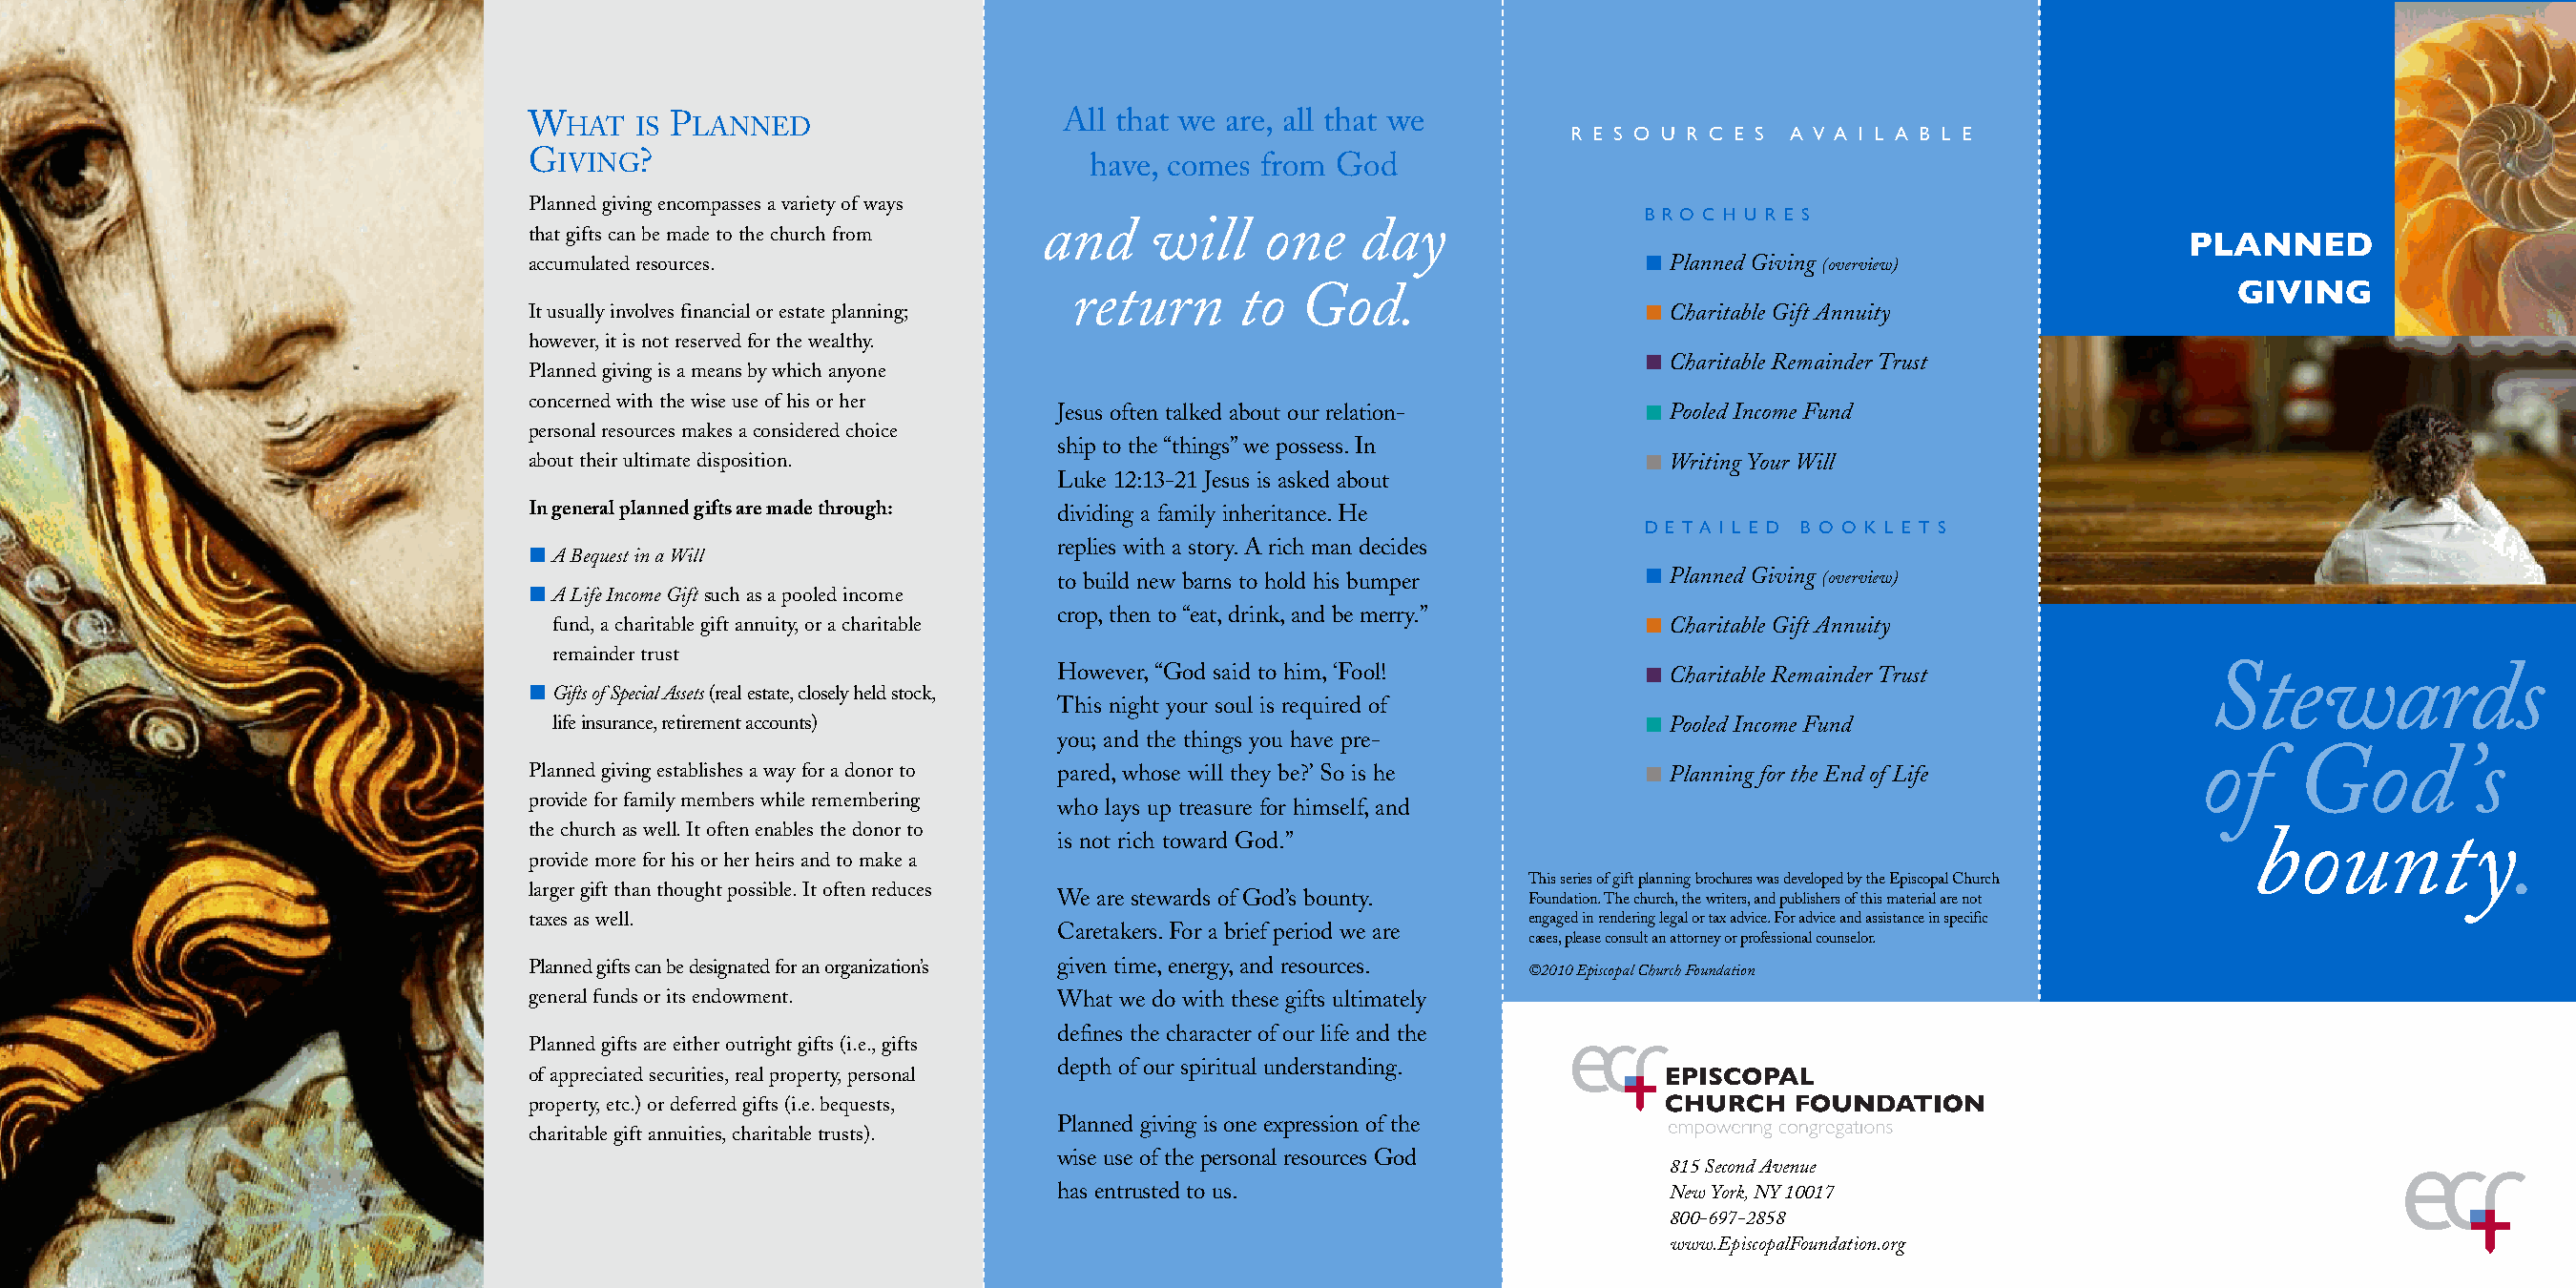
W        P                           All that we are, all that we
 HAT  IS  LANNED
 R E S O U R C E S A V A I L A B L E
 G IVING?                               have, comes from God
 Planned giving encompasses a variety of ways
 and     will    one   day                 B R O C H U R E S
 that gifts can be made to the church from
 PLANNED
 accumulated resources.                                                         Planned Giving (overview)
 return      to  God.                                                             GIVING
 It usually involves financial or estate planning;                              Charitable Gift Annuity
 however,it is not reserved for the wealthy.
 Charitable Remainder Trust
 Planned giving is a means by which anyone
 concerned with the wise use of his or her
 Jesus often talked about our relation-     Pooled Income Fund
 personal resources makes a considered choice
 ship to the “things”we possess.In
 about their ultimate disposition.                                              Writing Your Will
 Luke 12:13-21 Jesus is asked about
 In general planned gifts are made through: dividing a family inheritance.He
 D E T A I L E D B O O K L E T S
 replies with a story.A rich man decides
 ABequest in a Will
 to build new barns to hold his bumper      Planned Giving (overview)
 ALife Income Giftsuch as a pooled income
 crop,then to “eat,drink,and be merry.”
 fund,a charitable gift annuity,or a charitable                                Charitable Gift Annuity
 remainder trust
 However,“God said to him,‘Fool!            Charitable Remainder Trust           Stewards
 Gifts ofSpecial Assets(real estate,closely held stock,
 This night your soul is required of
 lifeinsurance,retirement accounts)                                            Pooled Income Fund
 you;and the things you have pre-
 of    God         ’s
 Planned giving establishes a wayfor a donor to pared,whose will they be?’So is he Planning for the End of Life
 provide for family members while remembering who lays up treasure for himself,and
 the churchas well.It often enables the donor to                                                                        bounty.
 is not rich toward God.”
 provide morefor his or her heirs and to make a
 This series of giftplanning brochures was developed by the Episcopal Church
 larger gift than thought possible.It often reduces
 We are stewards of God’s bounty. Foundation.The church,the writers,and publishers of this material are not
 taxes as well.                                                       engaged in rendering legal or tax advice.For advice and assistance in specific
 Caretakers.For a brief period we are
 cases,please consult an attorney or professional counselor.
 Planned gifts can be designated for an organization’s given time,energy,and resources. ©2010 Episcopal Church Foundation
 general funds or its endowment.     What we do with these gifts ultimately
 defines the character of our life and the
 Planned gifts are either outright gifts (i.e.,gifts
 depth of our spiritual understanding.
 of appreciated securities,real property,personal
 property,etc.) or deferred gifts (i.e.bequests,
 Planned giving is one expression of the
 charitable gift annuities,charitable trusts).
 wise use of the personal resources God
 815 Second Avenue
 has entrusted to us.                       NewYork,NY 10017
 800-697-2858
 www.EpiscopalFoundation.org